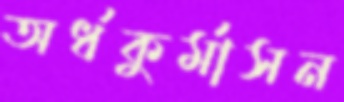
অর্ধকুর্মাসন